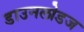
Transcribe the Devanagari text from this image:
डाउनलोडज